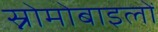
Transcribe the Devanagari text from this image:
स्नोमोबाइलों